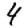
Digit: 4